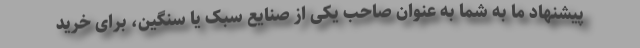
پیشنهاد ما به شما به عنوان صاحب یکی از صنایع سبک یا سنگین، برای خرید